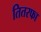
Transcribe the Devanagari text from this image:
तितरफा